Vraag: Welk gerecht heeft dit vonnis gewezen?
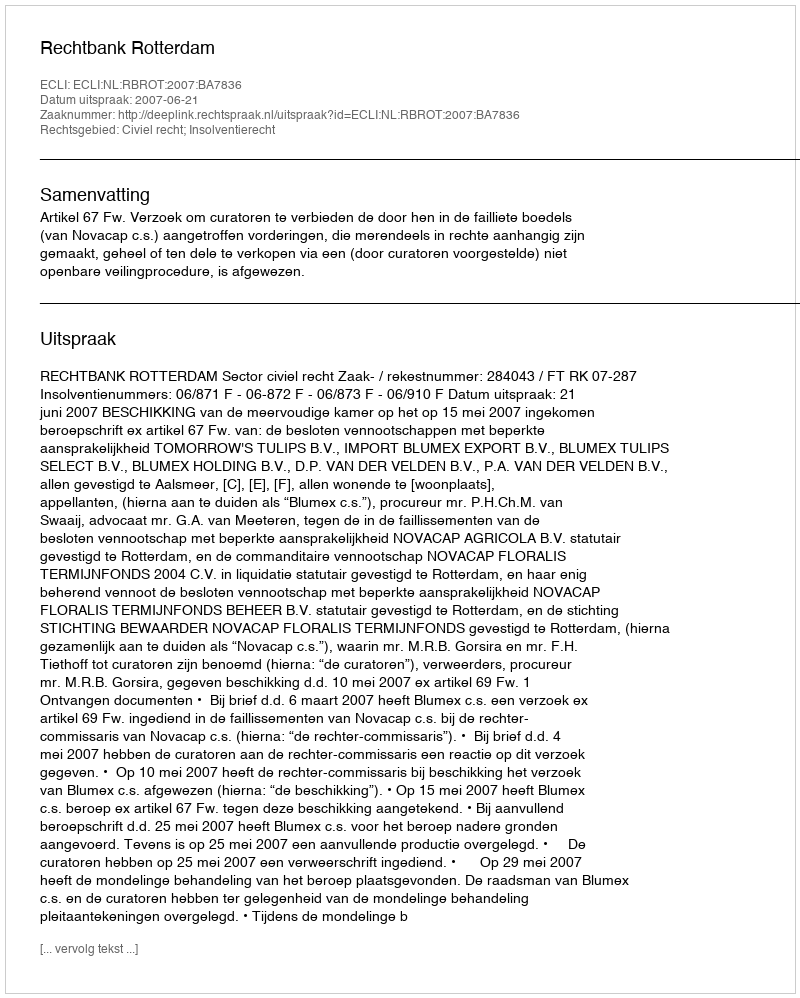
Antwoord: Rechtbank Rotterdam